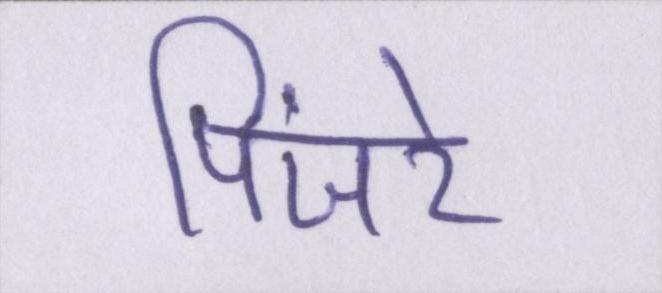
पिंजरे